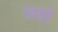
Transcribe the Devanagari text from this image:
अतो